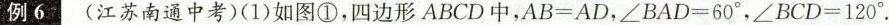
例6 (江苏南通中考)(1)如图①，四边形ABCD中，$$A B = A D$$，$$∠ B A D =6 0 °$$，$$∠ B C D = 1 2 0 °$$.